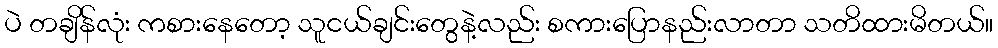
ပဲ တချိန်လုံး ကစားနေတော့ သူငယ်ချင်းတွေနဲ့လည်း စကားပြောနည်းလာတာ သတိထားမိတယ်။